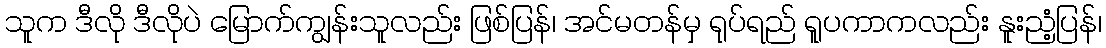
သူက ဒီလို ဒီလိုပဲ မြောက်ကျွန်းသူလည်း ဖြစ်ပြန်၊ အင်မတန်မှ ရုပ်ရည် ရူပကာကလည်း နူးညံ့ပြန်၊